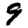
Digit: 9